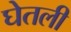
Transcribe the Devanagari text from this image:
घेेतली